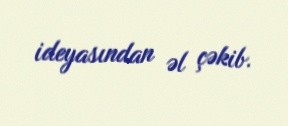
ideyasından əl çəkib.